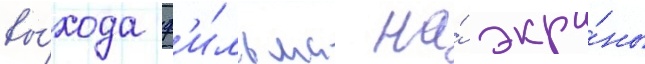
вы́хода ф'и́льма на́ экра́ны